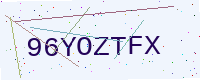
Text: 96YOZTFX